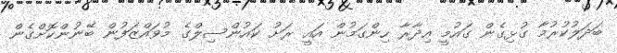
ބަދަލުކުރުމާ ގުޅިގެން ގައުމީ އިދާރާ ހިންގަމުން އައީ ރަށު ކައުންސިލްގެ މުވައްޒަފުން ބޭނުންކޮށްގެން